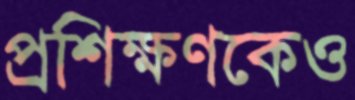
প্রশিক্ষণকেও